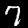
Digit: 7